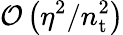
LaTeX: \mathcal{O}\left(\eta^{2}/n_{\mathrm{t}}^{2}\right)